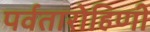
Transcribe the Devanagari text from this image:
पर्वतारोहिणी